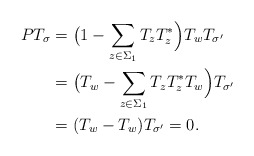
\begin{align*}PT_\sigma&=\big(1-\sum_{z\in \Sigma_1} T_zT_z^*\Big)T_wT_{\sigma'}\\&=\big(T_w-\sum_{z\in \Sigma_1} T_zT_z^*T_w\Big)T_{\sigma'}\\&=(T_w-T_w)T_{\sigma'}=0.\end{align*}